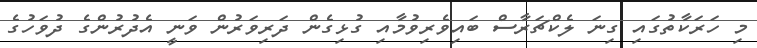
މި ހަރަކާތުގައި ގިނަ ލެކްޗަރާސް ބައިވެރިވުމާއި ގުޅިގެން ދަރިވަރުން ވަނީ އެދުރުންގެ ދުވަހުގެ